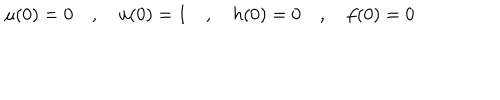
\mu ( 0 ) = 0 \quad , \quad u ( 0 ) = 1 \quad , \quad h ( 0 ) = 0 \quad , \quad f ( 0 ) = 0